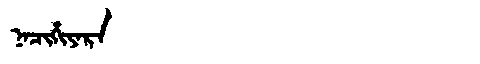
Manchu: ᠨᠠᠴᡳᡥᡳᠶᠠᡵᠠ
Romanization: NACIHIYARA